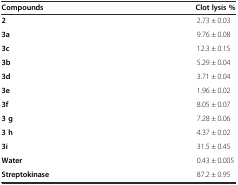
<table><thead><tr><td><b>Compounds</b></td><td><b>Clot lysis %</b></td></tr></thead><tbody><tr><td><b>2</b></td><td>2.73 ± 0.03</td></tr><tr><td><b>3a</b></td><td>9.76 ± 0.08</td></tr><tr><td><b>3c</b></td><td>12.3 ± 0.15</td></tr><tr><td><b>3b</b></td><td>5.29 ± 0.04</td></tr><tr><td><b>3d</b></td><td>3.71 ± 0.04</td></tr><tr><td><b>3e</b></td><td>1.96 ± 0.02</td></tr><tr><td><b>3f</b></td><td>8.05 ± 0.07</td></tr><tr><td><b>3 g</b></td><td>7.28 ± 0.06</td></tr><tr><td><b>3 h</b></td><td>4.37 ± 0.02</td></tr><tr><td><b>3i</b></td><td>31.5 ± 0.45</td></tr><tr><td><b>Water</b></td><td>0.43 ± 0.005</td></tr><tr><td><b>Streptokinase</b></td><td>87.2 ± 0.95</td></tr></tbody></table>